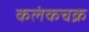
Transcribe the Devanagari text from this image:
कलंकचक्र